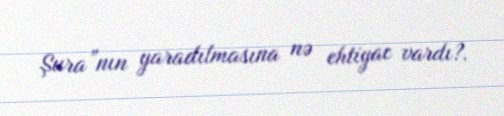
Şura”nın yaradılmasına nə ehtiyac vardı?.